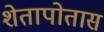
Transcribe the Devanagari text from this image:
शेतापोतास